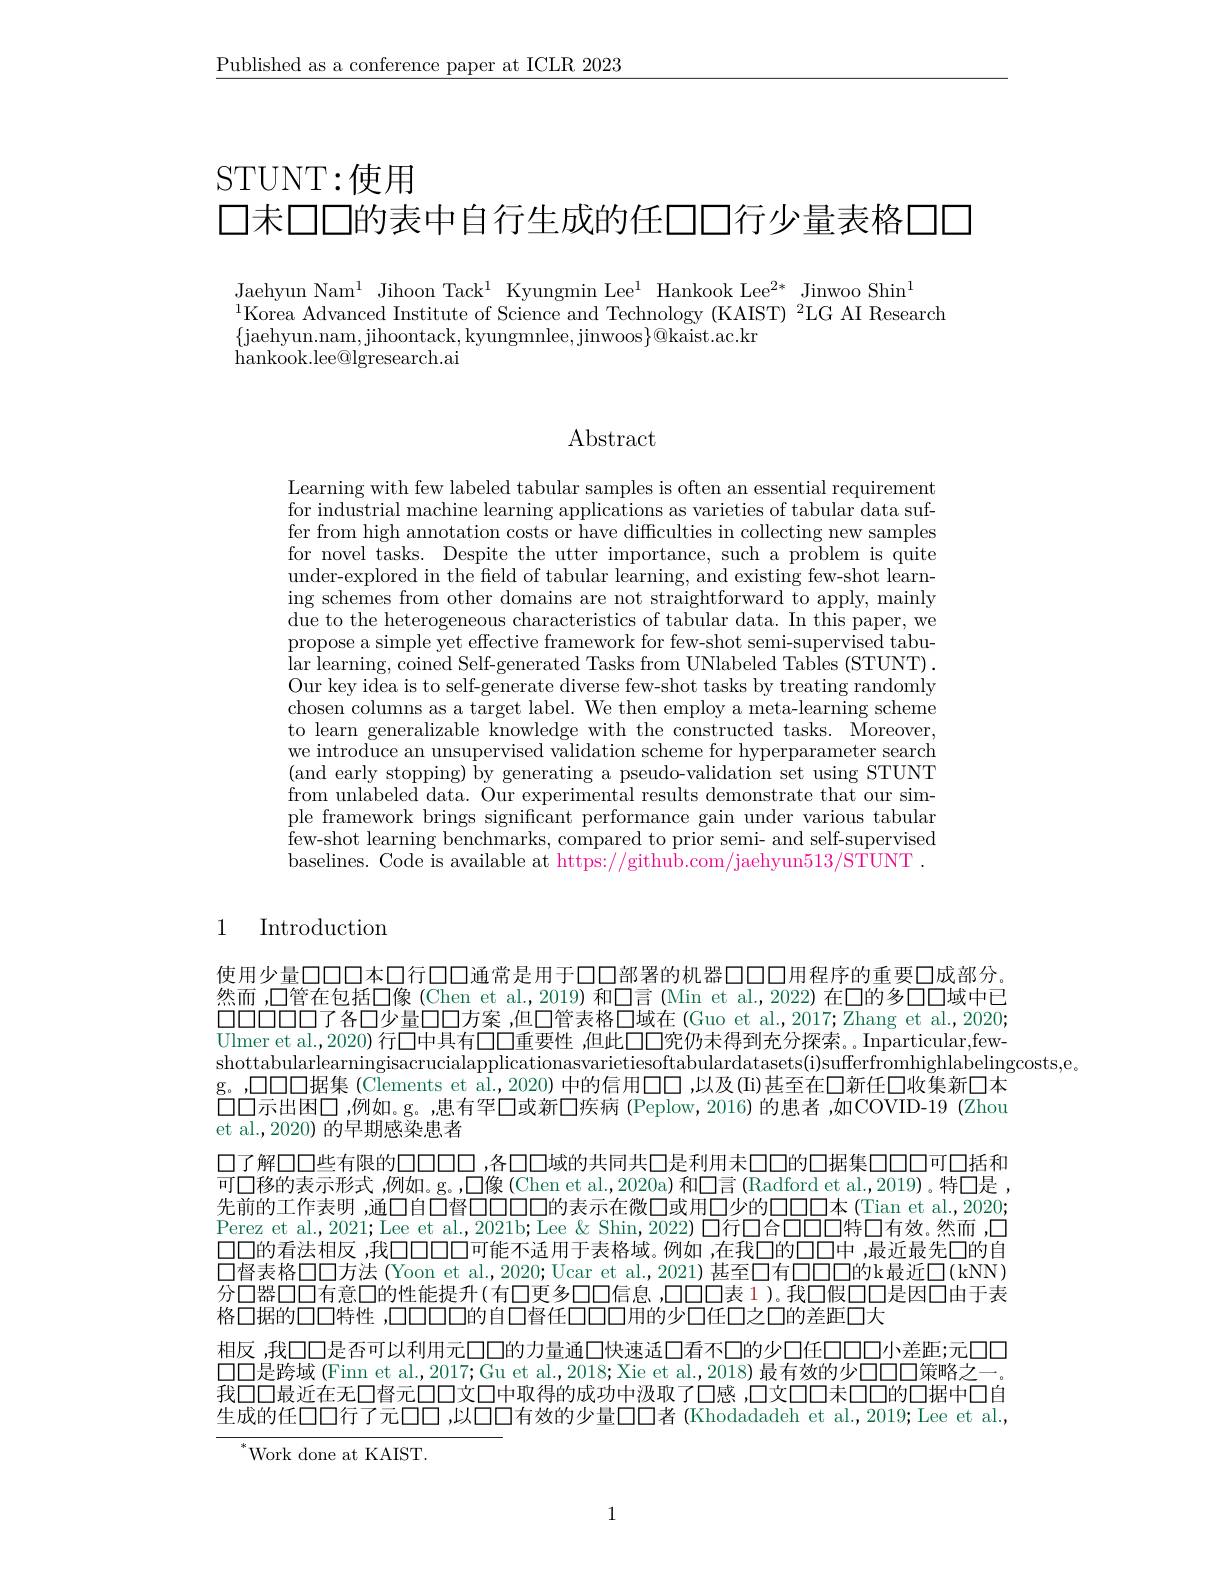
$\underline{\text{Published as a conference paper at ICLR 2023}}$

STUNT:使用

口未口口的表中自行生成的任口口行少量表格口口

Jaehyun Nam$^1$ Jihoon Tack$^1$ Kyungmin Lee$^1$ Hankook Lee$^2*$ Jinwoo Shin$^1$
$^{1}$Korea Advanced Institute of Science and Technology (KAIST) $^2$LG AI Research
$\{$jaehyun.nam,jihoontack,kyungmnlee,jinwoos$\}@$kaist.ac.kr
${\mathrm{hankook.lee@lgresearch.ai}}$

# Abstract

Learning with few labeled tabular samples is often an essential requirement for industrial machine learning applications as varieties of tabular data suffer from high annotation costs or have difficulties in collecting new samples for novel tasks. Despite the utter importance, such a problem is quite under-explored in the field of tabular learning, and existing few-shot learning schemes from other domains are not straightforward to apply, mainly due to the heterogeneous characteristics of tabular data. In this paper, we propose a simple yet effective framework for few-shot semi-supervised tabular learning, coined Self-generated Tasks from UNlabeled Tables (STUNT) . Our key idea is to self-generate diverse few-shot tasks by treating randomly chosen columns as a target label. We then employ a meta-learning scheme to learn generalizable knowledge with the constructed tasks. Moreover, we introduce an unsupervised validation scheme for hyperparameter search (and early stopping) by generating a pseudo-validation set using STUNT from unlabeled data. Our experimental results demonstrate that our simple framework brings significant performance gain under various tabular few-shot learning benchmarks, compared to prior semi- and self-supervised baselines. Code is available at https://github.com/jaehyun513/STUNT .

1 Introduction

使用少量口口口本口行口口通常是用于口口部署的机器口口口用程序的重要口成部分。然而 ,口管在包括□像 (Chen et al.,2019) 和▣言 (Min et al.,2022) 在口的多口口域中已$\square\square\square\square\square\square$了各口少量口口方案，但口管表格口域在(Guo et al.,2017;Zhang et al.,2020; Ulmer et al.,2020) 行口中具有口口重要性 ,但此口口究仍未得到充分探索。Inparticular,fewshottabularlearningisacrucialapplicationasvarietiesoftabulardatasets(i)sufferfromhighlabelingcosts,e。
g。,口口口据集(Clements et al.,2020) 中的信用口口 ,以及(Ii)甚至在口新任口收集新口本$\bar{\square}\square$示出困口，例如。g。,患有罕$\square$或新$\square$疾病 (Peplow,2016)的患者，如COVID-19(Zhou et al.,2020)的早期感染患者
口了解口口些有限的口口口口，各口口域的共同共口是利用未口口的口据集口口口可口括和可口移的表示形式，例如。g。,□像(Chen et al.,2020a)和囗言(Radford et al.,2019)。特口是， 先前的工作表明 ,通口自$\bar{\square}$督口口口口的表示在微口或用口少的口口口本(Tian et al.,2020; Perez et al.,2021; Lee et al., 2021b; Lee & Shin, 2022) 口行口合口口口特口有效。然而，□ 口口的看法相反 ,我$\square\square\square\square\square\square$可能不适用于表格域。例如 ,在我口的口口中 ,最近最先口的自$\square$督表格口口方法 (Yoon et al.,2020;Ucar et al.,2021) 甚至口有口口口的k最近口(kNN) 分口器口口有意口的性能提升(有口更多口口信息，口口口表1)。我口假口口是因口由于表格口据的口口特性，口口口口的自口督任口口口用的少口任口之口的差距口大
相反，我口口是否可以利用元口口的力量通口快速适口看不口的少口任口口口小差距；元口口$\square\square$是跨域(Finn et al.,2017;Gu et al.,2018;Xie et al.,2018)最有效的少口口口策略之一。我口口最近在无口督元口口文口中取得的成功中汲取了口感，口文口口未口口的口据中口自生成的任口口行了元口口，以口口有效的少量口口者(Khodadadeh et al.,2019;Lee et al.,

${}^{*}$Work done at KAIST.

1